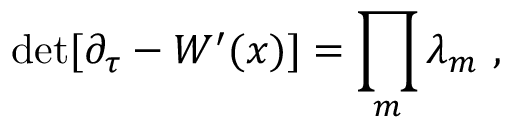
\mathrm { { d e t } } [ \partial _ { \tau } - W ^ { \prime } ( x ) ] = \prod _ { m } \lambda _ { m } ~ ,